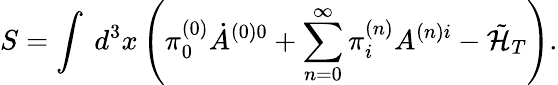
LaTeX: S=\int\ d^{3}x\left(\pi_{0}^{(0)}\dot{A}^{(0)0}+\sum_{n=0}^{\infty}\pi_{i}^{(n)}A^{(n)i}-\tilde{\cal H}_{T}\right).